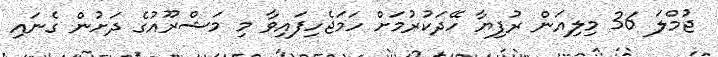
ޖުމްލަ 36 މިލިއަން ރުފިޔާ ހޭދަކުރުމަށް ހަމަޖެހިފައިވާ މި މަޝްރޫއުގެ ދަށުން ގެނައި